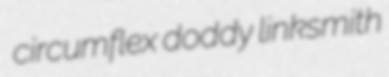
circumflex doddy linksmith